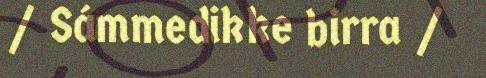
/ Sámmedikke birra /